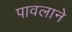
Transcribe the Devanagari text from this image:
पावलाने